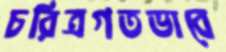
চরিত্রগতভাবে